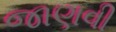
જાણવી